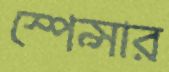
স্পেন্সার